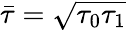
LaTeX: \bar{\tau}=\sqrt{\tau_{0}\tau_{1}}